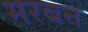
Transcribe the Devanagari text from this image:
मरबन